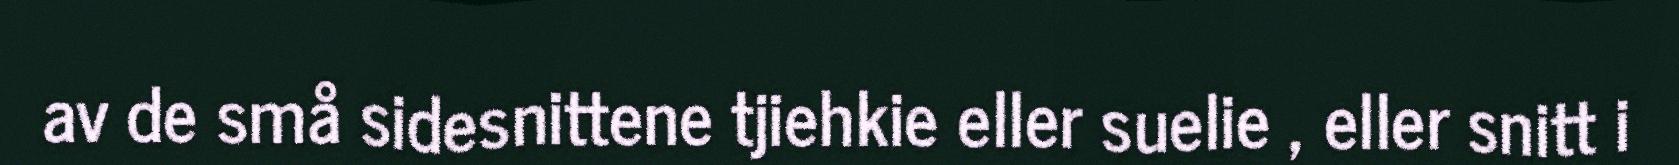
av de små sidesnittene tjiehkie eller suelie , eller snitt i